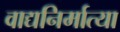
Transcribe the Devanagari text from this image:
वाद्यनिर्मात्या